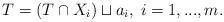
LaTeX: \begin{align*}T=\left( T\cap X_{i}\right) \sqcup a_{i},\; i=1,...,m.\end{align*}